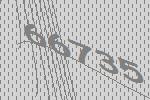
66735